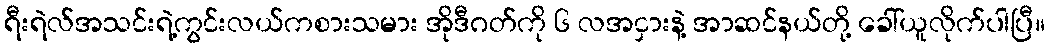
ရီးရဲလ်အသင်းရဲ့ကွင်းလယ်ကစားသမား အိုဒီဂတ်ကို ၆ လအငှားနဲ့ အာဆင်နယ်တို့ ခေါ်ယူလိုက်ပါပြီ။